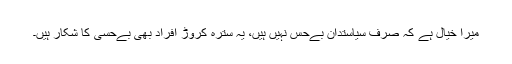
میرا خیال ہے کہ صرف سیاستدان بےحس نہیں ہیں، یہ سترہ کروڑ افراد بھی بےحسی کا شکار ہیں۔